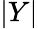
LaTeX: |Y|